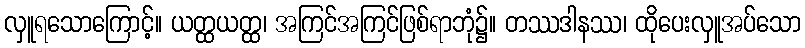
လှူရသောကြောင့်။ ယတ္ထယတ္ထ၊ အကြင်အကြင်ဖြစ်ရာဘုံ၌။ တဿဒါနဿ၊ ထိုပေးလှူအပ်သော